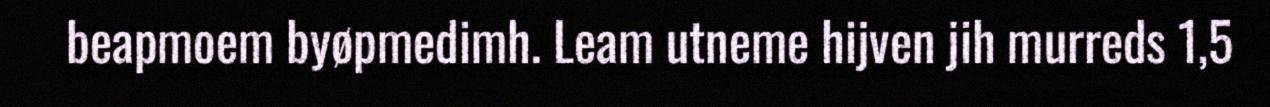
beapmoem byøpmedimh. Leam utneme hijven jih murreds 1,5